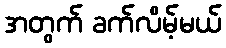
အတွက် ခက်လိမ့်မယ်